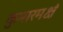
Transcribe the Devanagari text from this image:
कुमारमक्षं